Civil Veterinary Department Bihar & Orissa reports 1929-36 - 1929-1936
Year: 1929
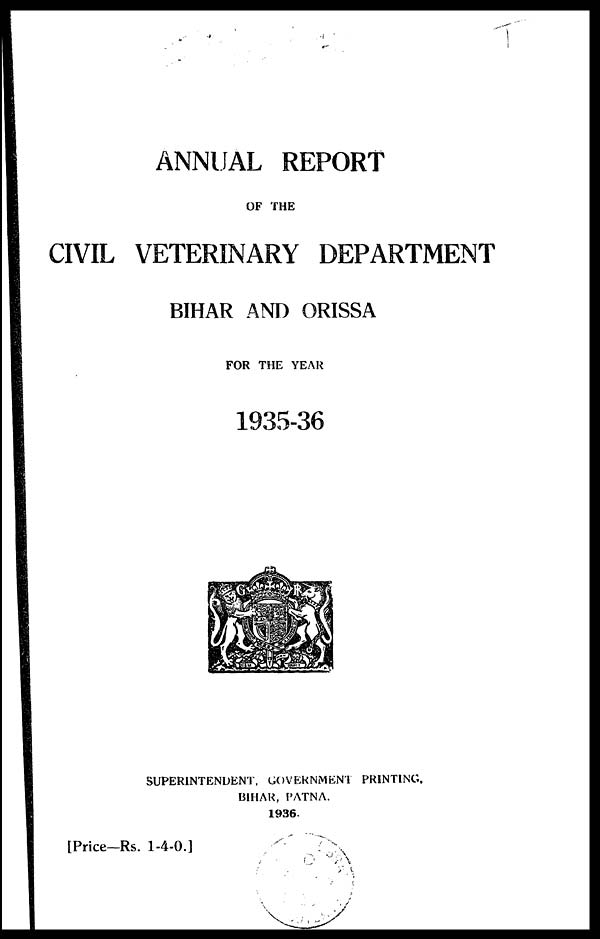
ANNUAL REPORT
OF THE
CIVIL VETERINARY DEPARTMENT
BIHAR AND ORISSA
FOR THE YEAR
1935-36
SUPERINTENDENT, GOVERNMENT PRINTING.
BIHAR, PATNA.
1936.
[Price—Rs. 1-4-0.]